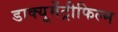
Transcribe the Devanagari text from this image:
डाक्यूमेंट्रीफिल्म